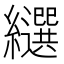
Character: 𦇗